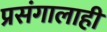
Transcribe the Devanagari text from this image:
प्रसंगालाही